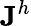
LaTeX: \mathbf{J}^{h}